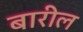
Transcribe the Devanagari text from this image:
बारील